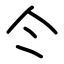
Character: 仒